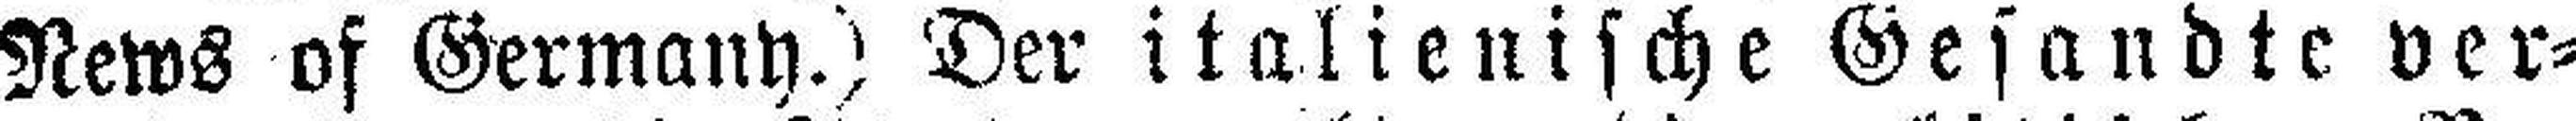
News of Germany.) Der italienische Gesandte ver¬